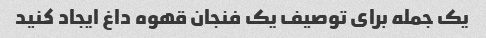
یک جمله برای توصیف یک فنجان قهوه داغ ایجاد کنید